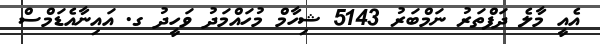
އެއީ މާލެ ދަފްތަރު ނަމްބަރު 5143 ޝިހާމް މުހައްމަދު ވަހީދު ގ. އައިނާއެޑަމްސް